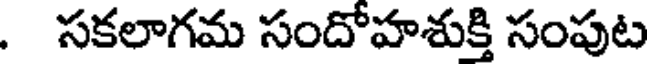
. సకలాగమ సందోహశుక్తి సంపుట